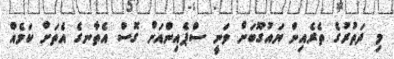
މި ދަތުރުގެ ތެރެއިން ޔައުގޫބަށް ވަނީ ސްޕެއިންއަށް ގޮސް އެތާނގެ އެތަށް ކަމެއް